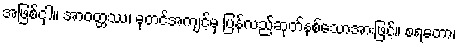
အဖြစ်ငှါ။ အာဝတ္တဿ၊ ဓုတင်အကျင့်မှ ပြန်လည်ဆုတ်နစ်သောအားဖြင့်။ စရတော၊